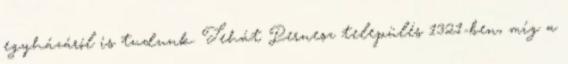
egyházáról is tudunk. Tehát Pernesz település 1321-ben, míg a